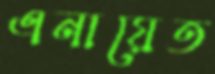
এনায়েত